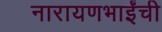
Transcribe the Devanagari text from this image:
नारायणभाईंची